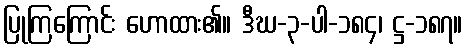
ပြုကြကြောင်း ဟောထား၏။ ဒီဃ-၃-ပါ-၁၈၄၊ ဋ္ဌ-၁၈၇။